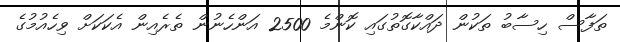
ތަފާސް ހިސާބު ތަކުން ދައްކާގޮތުގައި ކޮންމެ 2500 އަންހެނުން ތެރެއިން އެކަކަށް ވިހެއުމުގެ